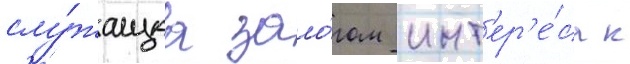
слу́жащаа зало́гом инт'ер'е́са к